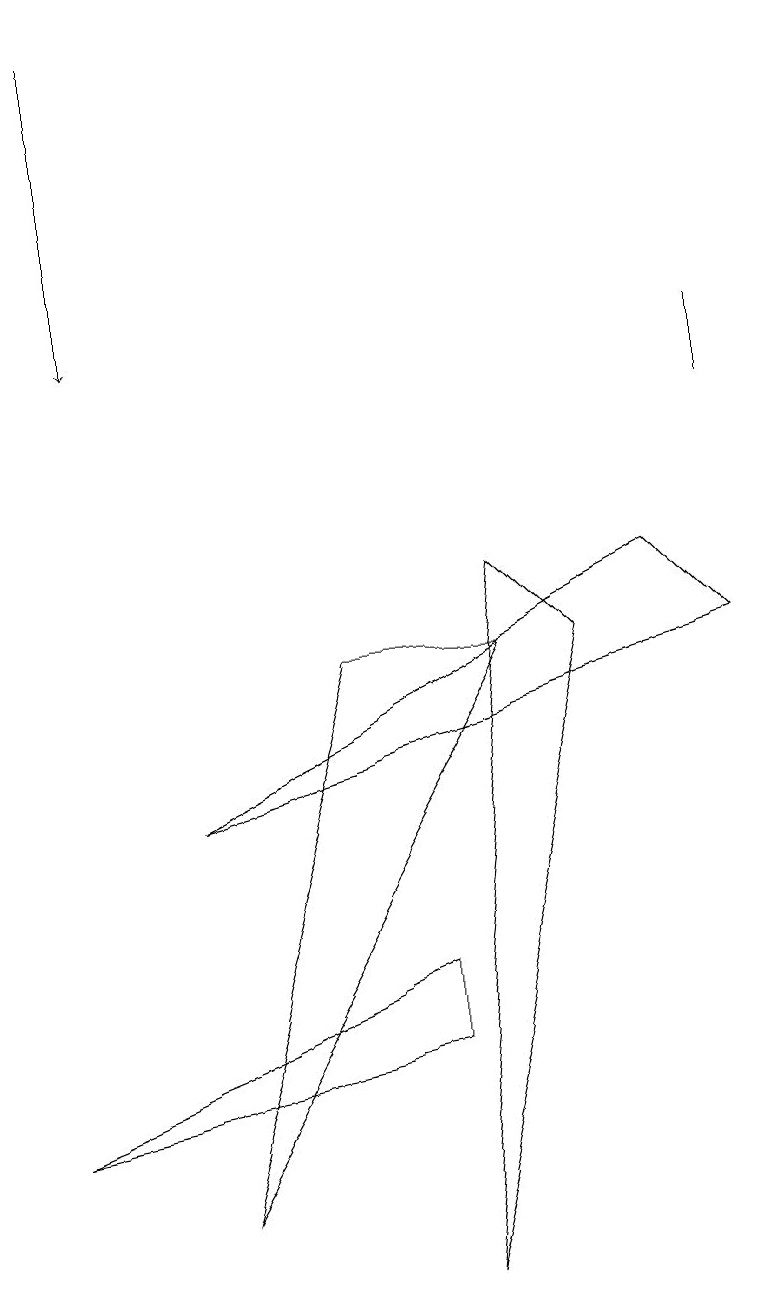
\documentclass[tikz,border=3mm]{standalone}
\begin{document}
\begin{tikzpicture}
\draw (7,8) -- (5,0) -- (6,9) -- cycle;
\draw (0,2) -- (5,4) -- (5,3) -- cycle;
\draw (2,6) -- (9,8) -- (8,9) -- cycle;
\draw (6,8) -- (2,1) -- (4,8) -- cycle;
\draw (9,12) rectangle (9,11);
\draw[->] (1,16) -- (1,12);
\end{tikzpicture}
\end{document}